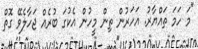
"މަ ހަމަ ތައްޔާާރު. އަހަރުން ތިން މީހުން އެކުގަ ބުރެއް ޖަހާލެވޭ ގޮތް